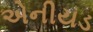
એનીયડ